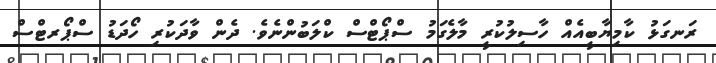
ރަނގަޅު ކާމިޔާބީއެއް ހާސިލުކުރީ މާލެގަމު ސްޕޯޓްސް ކްލަބުންނެވެ. ދެން ވާދަކުރި ހޯދަޑު ސްޕޯރޓްސް